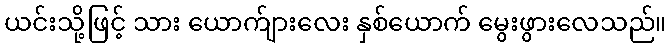
ယင်းသို့ဖြင့် သား ယောက်ျားလေး နှစ်ယောက် မွေးဖွားလေသည်။